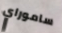
ساموراي